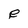
Character: e